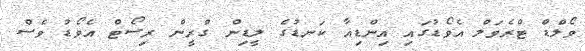
ވޯލްޑް ޓްރެވަލް އެވޯޑުގައި އިންޑިއާ ކަނޑުގެ ލީޑިން ގްރީން ރިސޯޓް އެވޯޑު ވެސް